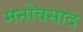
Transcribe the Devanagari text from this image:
मनोवसाद